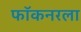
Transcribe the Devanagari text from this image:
फॉकनरला